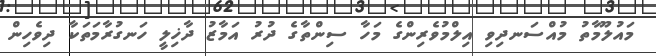
މައުލޫމާތު މުއްސަނދިވި އިލްމުވެރިންގެ މަހާ ސިންތާގެ ދުރު އަމާޒު ދާޚިލީ ހަނގުރާމަތަކާ ދިވެހިން